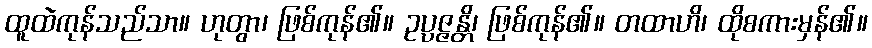
ထူထဲကုန်သည်သာ။ ဟုတွာ၊ ဖြစ်ကုန်၏။ ဥပ္ပဇ္ဇန္တိ၊ ဖြစ်ကုန်၏။ တထာဟိ၊ ထိုစကားမှန်၏။